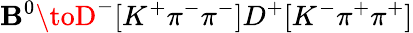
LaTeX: \mathbf{B}^{0}\toD^{-}[K^{+}\pi^{-}\pi^{-}]D^{+}[K^{-}\pi^{+}\pi^{+}]